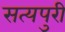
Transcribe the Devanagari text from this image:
सत्यपुरी